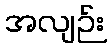
အလျဉ်း